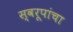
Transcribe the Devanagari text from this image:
स्वरूपांचा